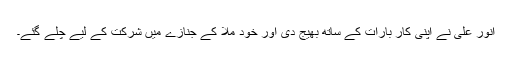
انور علی نے اپنی کار بارات کے ساتھ بھیج دی اور خود ملّا کے جنازے میں شرکت کے لیے چلے گئے۔